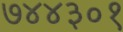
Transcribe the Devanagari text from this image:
७४४३०१